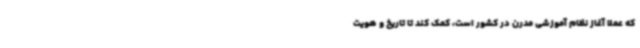
که عملا آغاز نظام آموزشی مدرن در کشور است، کمک کند تا تاریخ و هویت